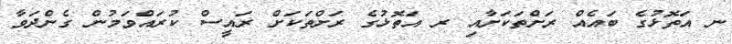
ނ އަތޮޅުގެ ބައެއް ރަށްތަކަށާއި ރ އަތޮޅުގެ ރަށްތަކަށް ރައީސް ކުރައްވަމުން ގެންދަވާ